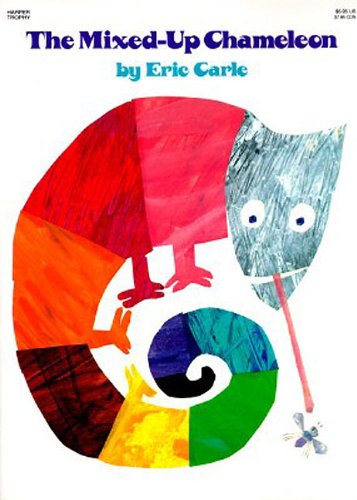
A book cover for The Mixed-Up Chameleon; Eric Carle; Children's Books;